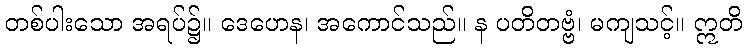
တစ်ပါးသော အရပ်၌။ ဒေဟေန၊ အကောင်သည်။ န ပတိတဗ္ဗံ၊ မကျသင့်။ ဣတိ